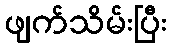
ဖျက်သိမ်းပြီး